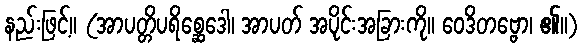
နည်းဖြင့်။ (အာပတ္တိပရိစ္ဆေဒေါ၊ အာပတ် အပိုင်းအခြားကို။ ဝေဒိတဗ္ဗော၊ ၏။)